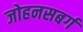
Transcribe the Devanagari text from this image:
जोहनसबर्ग